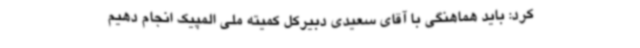
کرد: باید هماهنگی با آقای سعیدی دبیرکل کمیته ملی المپیک انجام دهیم